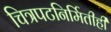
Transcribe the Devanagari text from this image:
चित्रपटनिर्मितीही